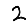
Digit: 2